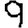
Digit: 9